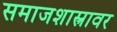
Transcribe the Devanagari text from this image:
समाजशास्त्रावर